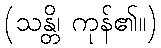
(သန္တိ၊ ကုန်၏။)